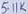
Text: 511K